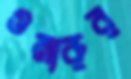
ওমারুর